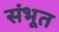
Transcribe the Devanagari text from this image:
संभूत